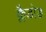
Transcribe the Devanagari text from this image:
क्लैडोड